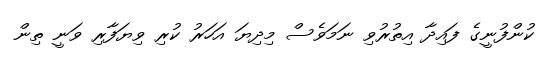
ކުންފުނީގެ ފައިދާ އިތުރުވި ނަމަވެސް މިދިޔަ އަހަރު ކުރި ވިޔަފާރި ވަނީ ތިން